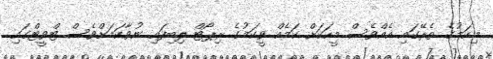
މިކަމުގެ ތެރޭގައި އެއްވެސް މީހަކަށް ކަމެއް ވީކަމުގެ ރިޕޯޓް ލިބިފައި ނުވާކަމަށްވެސް ޓްވީޓްގައި